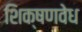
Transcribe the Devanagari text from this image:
शिक्षणवेध